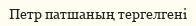
Петр патшаның тергелгені